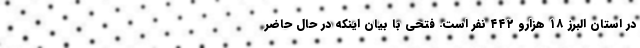
در استان البرز ۱۸ هزارو ۴۴۲ نفر است. فتحی با بیان اینکه در حال حاضر